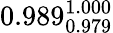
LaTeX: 0.989_{0.979}^{1.000}